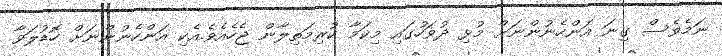
ނަމެވެސް ގިނަ އަންހެނުންނަށް މުޅި ދުވަހުގައި މިކަމާ ކުރިމަތިލާން ޖެހެއެވެ.އެކި އަންހެނުންނަށް ހޮޑުލަވާ